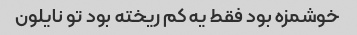
خوشمزه بود فقط یه کم ریخته بود تو نایلون